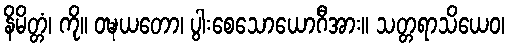
နိမိတ္တံ၊ ကို။ ဝဍ္ဎယတော၊ ပွါးစေသောယောဂီအား။ သတ္တရာသိယေဝ၊